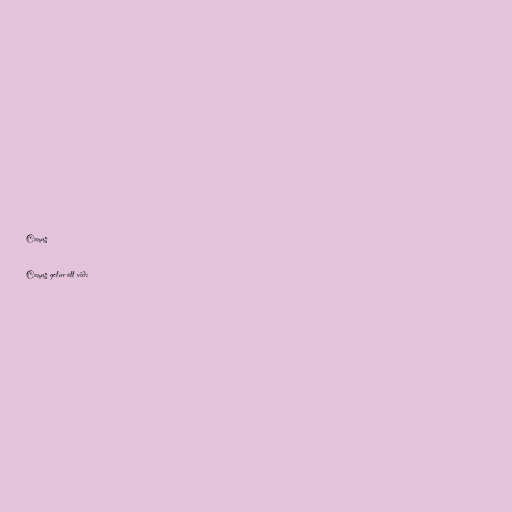
Camus

Camus getur átt við: